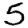
Digit: 5